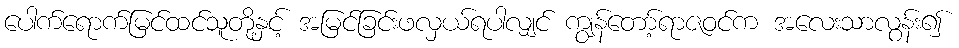
ပေါက်ရောက်မြင်ထင်သူတို့နှင့် အမြင်ခြင်းဖလှယ်ရပါလျှင် ကျွန်တော့်ရာဇဝင်က အလေးသာလွန်း၍